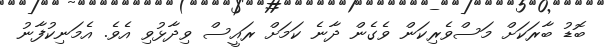
ބޮޑު ބާރަކަށް މަސްވެރިކަން ވެގެން ދާނެ ކަމަށް ރައީސް ވިދާޅުވި އެވެ. އެމަނިކުފާނު